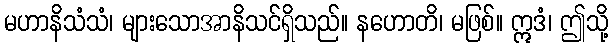
မဟာနိသံသံ၊ များသောအာနိသင်ရှိသည်။ နဟောတိ၊ မဖြစ်။ ဣဒံ၊ ဤသို့